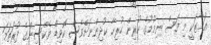
އަމާޒަކީ މި މަސް ނިމުމުގެ ކުރިން ހުރިހާ ކުދިންނަށްވެސް ކޮވިޑް ވެކްސިންގެ ފުރަތަމަ